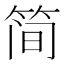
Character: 简